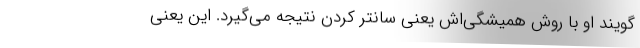
‌گویند او با روش همیشگی‌اش یعنی سانتر کردن نتیجه می‌گیرد. این یعنی